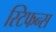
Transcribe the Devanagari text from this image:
स्टिफन्स